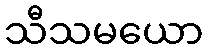
သီသမယော